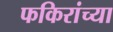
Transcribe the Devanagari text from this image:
फकिरांच्या